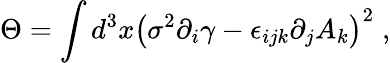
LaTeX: \Theta=\int d^{3}x\left(\sigma^{2}\partial_{i}\gamma-\epsilon_{ijk}\partial_{j}A_{k}\right)^{2}\; ,